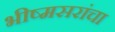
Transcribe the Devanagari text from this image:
भीष्मसरांचा